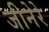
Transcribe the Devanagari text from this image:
जीनेरे